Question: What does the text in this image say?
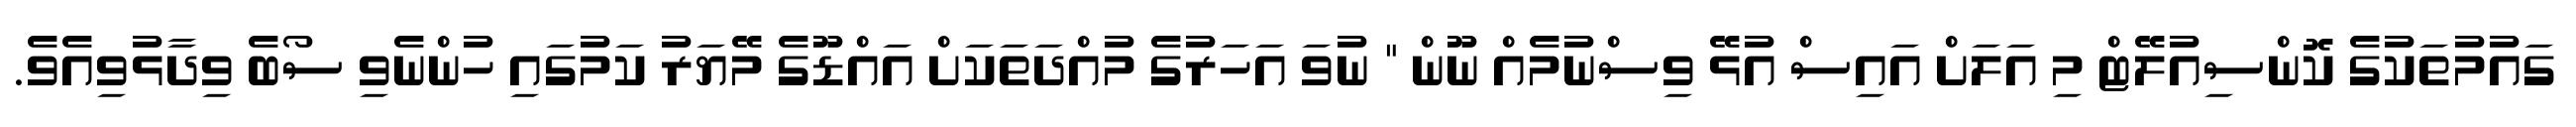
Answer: ގައުމުތަކުގެ ކޮންސިއުލޭޓް މި އަލަށް އައިސް އުޅޭ ވިސްނުމެއް ނޫން " ނުވަ އަހަރުގެ މުއްދަތަކަށް އައްޑޫގެ މޭޔަރު ކަމުގައި ހުންނެވި ސޯބެ ވިދާޅުވިއެވެ.